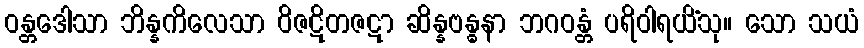
ဝန္တဒေါသာ ဘိန္နကိလေသာ ဝိဇဋိတဇဋာ ဆိန္နဗန္ဓနာ ဘဂဝန္တံ ပရိဝါရယိံသု။ သော သယံ